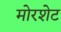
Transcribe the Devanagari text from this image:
मोरशेट